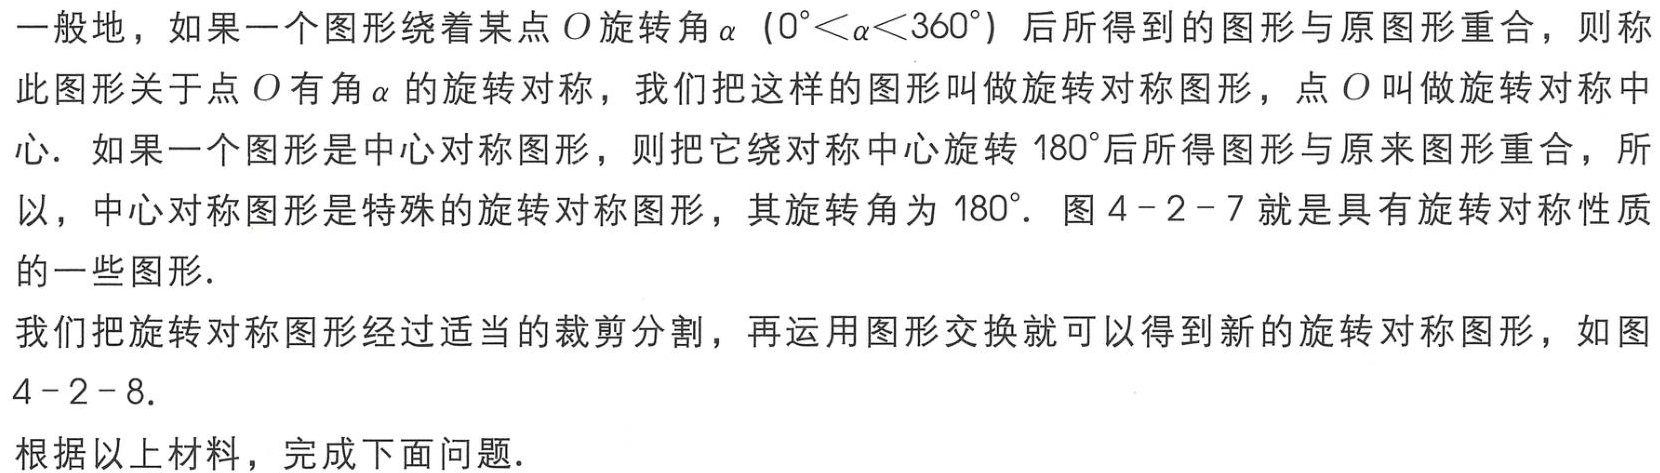
一般地，如果一个图形绕着某点\(O\)旋转角\(\alpha\)（\(0^{\circ}<\alpha<360^{\circ}\)）后所得到的图形与原图形重合，则称此图形关于点\(O\)有角\(\alpha\)的旋转对称，我们把这样的图形叫做旋转对称图形，点\(O\)叫做旋转对称中心. 如果一个图形是中心对称图形，则把它绕对称中心旋转\(180^{\circ}\)后所得图形与原来图形重合，所以，中心对称图形是特殊的旋转对称图形，其旋转角为\(180^{\circ}\). 图 \(4 - 2 - 7\) 就是具有旋转对称性质的一些图形.

我们把旋转对称图形经过适当的裁剪分割，再运用图形交换就可以得到新的旋转对称图形，如图 \(4 - 2 - 8\).

根据以上材料，完成下面问题.